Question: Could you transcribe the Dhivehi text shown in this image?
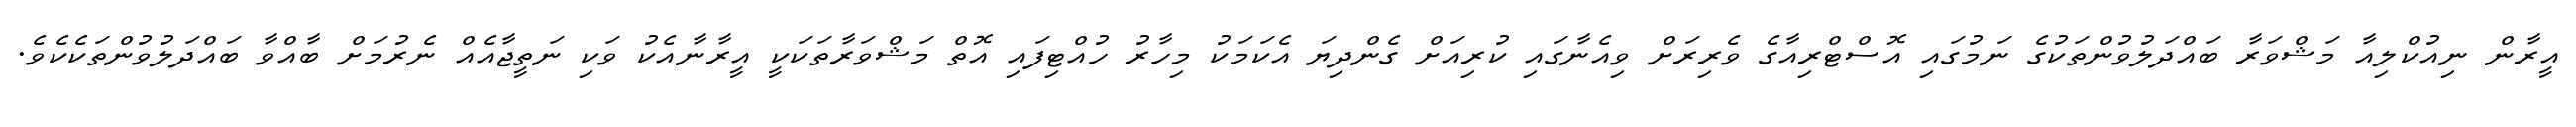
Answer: އީރާން ނިއުކްލިއާ މަޝްވަރާ ބައްދަލުވުންތަކުގެ ނަމުގައި އޮސްޓްރިއާގެ ވެރިރަށް ވިއެނާގައި ކުރިއަށް ގެންދިޔަ އެކަމަކު މިހާރު ހުއްޓިފައި އޮތް މަޝްވަރާތަކަކީ އީރާނާއެކު ވަކި ނަތީޖާއެއް ނެރުމަށް ބާއްވާ ބައްދަލުވުންތަކެކެވެ.